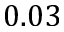
0 . 0 3